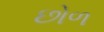
છોળ